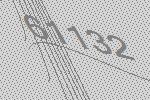
61132